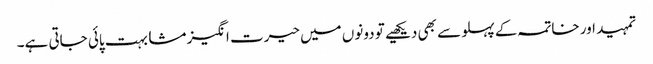
تمہید اور خاتمہ کے پہلو سے بھی دیکھیے تو دونوں میں حیرت انگیز مشابہت پائی جاتی ہے۔